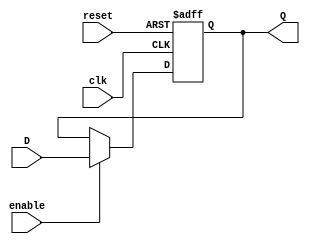
module DFF_Enable
#(parameter N = 1)
(   input [N-1:0] D, 
    input clk, reset, enable,
    output [N - 1 : 0] Q);

    always @(posedge clk, posedge reset) begin
        if (reset)
            Q <= 0;
        else if (enable)
            Q <= D;
    end

endmodule